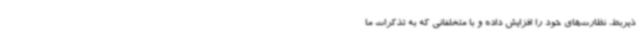
ذیربط، نظارت‌های خود را افزایش داده و با متخلفانی که به تذکرات ما